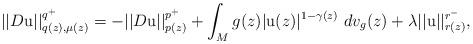
LaTeX: \begin{align*}|| D \mathrm{u} ||_{q( z ), \mu ( z )}^{q^{+}} = - || D \mathrm{u} ||_{p( z )}^{p^{+}} + \int_{M} g( z ) | \mathrm{u} ( z ) |^{1 - \gamma ( z )} \,\, dv_{g} ( z ) + \lambda || \mathrm{u} ||_{r( z )}^{r^{-}},\end{align*}